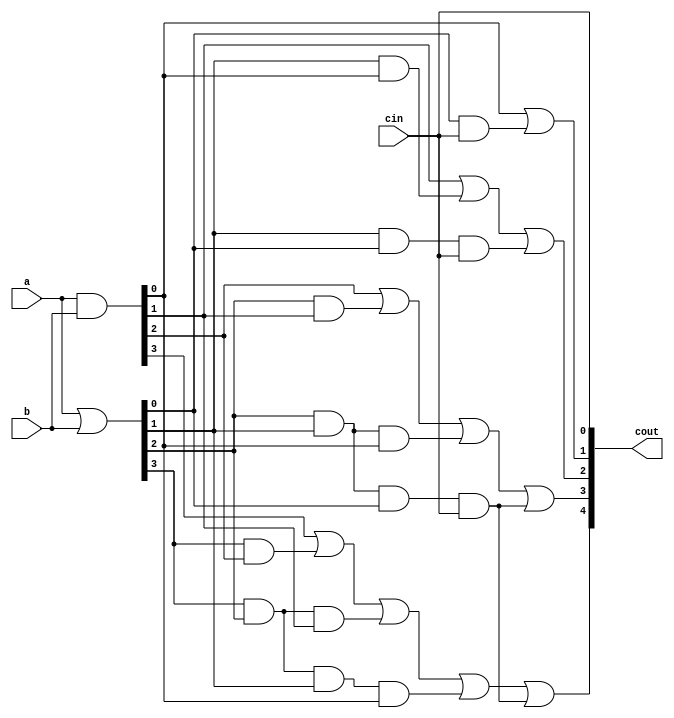
module gp_gen(cout,a,b,cin);
output[4:0] cout;
input[3:0]	a;
input[3:0]	b;
input		cin;
wire[3:0] g,p;
assign g=a & b;
assign p=a | b;
assign cout[0]=cin;
assign cout[1]=g[0]|(p[0]&cout[0]);
assign cout[2]=g[1]|(p[1]&g[0])|(p[1]&p[0]&cout[0]);
assign cout[3]=g[2]|(p[2]&g[1])|(p[2]&p[1]&g[0])|(p[2]&p[1]&p[0]&cout[0]);
assign cout[4]=g[3]|(p[3]&g[2])|(p[3]&p[2]&g[1])|(p[3]&p[2]&p[1]&g[0])|(p[2]&p[1]&p[0]&cout[0]);
endmodule